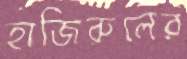
হাজিরুলের